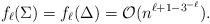
LaTeX: \begin{align*}f_\ell(\Sigma)=f_\ell(\Delta)=\mathcal{O}(n^{\ell+1-3^{-\ell}}).\end{align*}